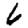
Digit: 6